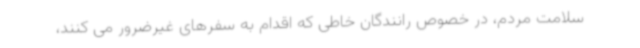
سلامت مردم، در خصوص رانندگان خاطی که اقدام به سفرهای غیرضرور می کنند،